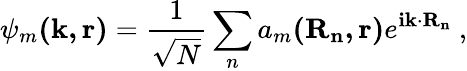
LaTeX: \psi_{m}\mathbf{(k,r)}={\frac{1}{\sqrt{N}}}\sum_{n}{a_{m}\mathbf{(R_{n},r)}}e^{\mathbf{ik\cdot R_{n}}}\ ,